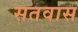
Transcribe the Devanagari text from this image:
सतवास